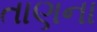
તાણના